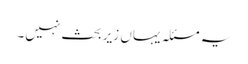
یہ مسئلہ یہاں زیر بحث نہیں۔